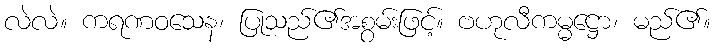
လဲလဲ။ ကရဏဝသေန၊ ပြုသည်၏အစွမ်းဖြင့်။ ဗဟုလီကမ္မဋ္ဌော၊ မည်၏။